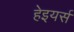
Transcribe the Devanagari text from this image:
हेइयर्स